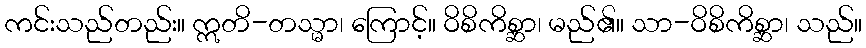
ကင်းသည်တည်း။ ဣတိ-တသ္မာ၊ ကြောင့်။ ဝိစိကိစ္ဆာ၊ မည်၏။ သာ-ဝိစိကိစ္ဆာ၊ သည်။